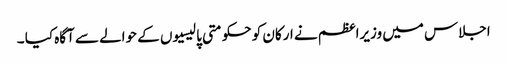
اجلاس میں وزیراعظم نے ارکان کو حکومتی پالیسیوں کے حوالے سے آگاہ کیا ۔